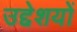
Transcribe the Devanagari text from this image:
उद्देशयों